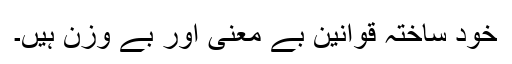
خود ساختہ قوانین بے معنیٰ اور بے وزن ہیں۔